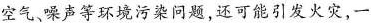
空气、噪声等环境污染问题，还可能引发火灾，一